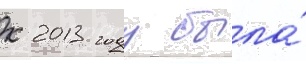
к 2013 году была́